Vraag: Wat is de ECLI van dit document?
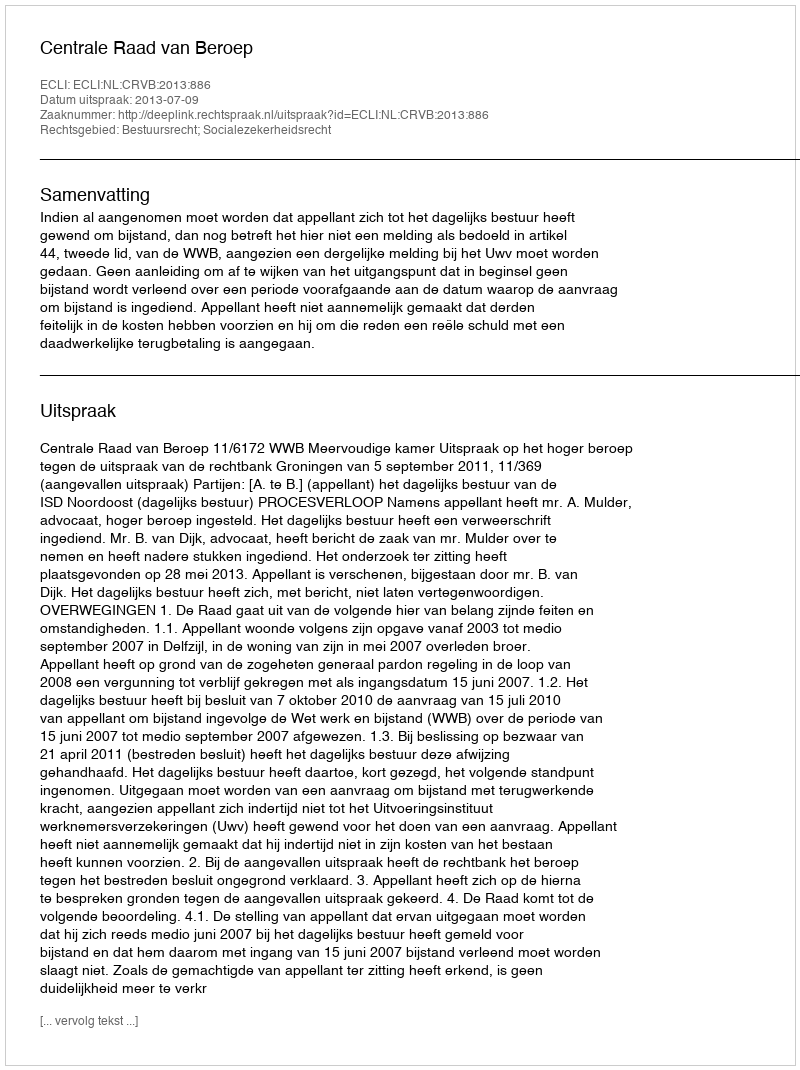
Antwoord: ECLI:NL:CRVB:2013:886